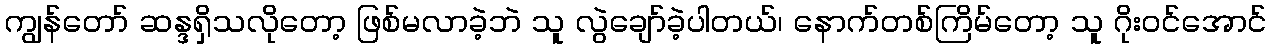
ကျွန်တော် ဆန္ဒရှိသလိုတော့ ဖြစ်မလာခဲ့ဘဲ သူ လွဲချော်ခဲ့ပါတယ်၊ နောက်တစ်ကြိမ်တော့ သူ ဂိုးဝင်အောင်